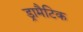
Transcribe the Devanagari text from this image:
ड्रामैटिक